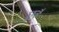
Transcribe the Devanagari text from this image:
छूवै